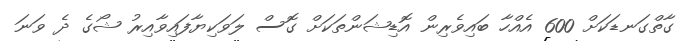
ގާތްގަނޑަކަށް 600 އެއްހާ ބައިވެރިން އޮޑިޝަންތަކަށް ގޮސް ލަވަކިޔާފައިވާއިރު ޝޯގެ ދެ ވަނަ